Annual report of the Imperial Bacteriologist
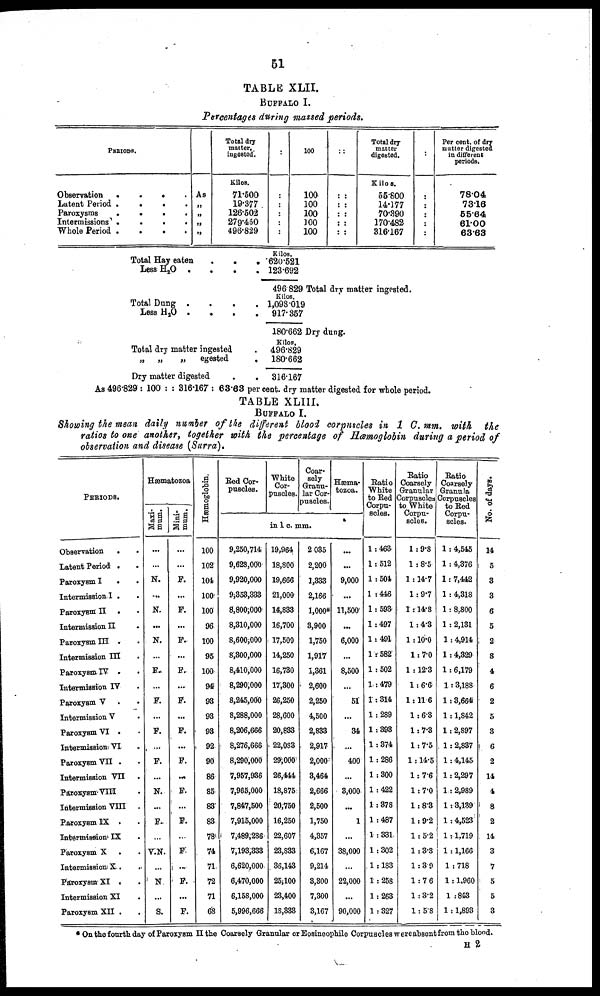
51
TABLE XLII.
BUFFALO I.
Percentages during massed periods.
PERIODS.
Observation
Latent Period
Paroxysms
Intermissions
Whole Period
.
.
.
.
.
.
.
.
.
.
.
.
.
.
.
.
.
.
.
.
As
„
„
„
„
Total dry
matter,
ingested.
Kilos.
71.500
19.377
126.502
279.450
496.829
:
:
:
:
:
:
100
100
100
100
100
100
:
:
:
:
:
:
:
:
:
:
:
:
:
:
Total dry
matter
digested.
Kilos.
55.800
14.177
70.390
170.482
316.167
:
Per cent. of dry
matter digested
in different
periods.
78.04
73.16
55.64
61.00
63.63
Total Hay eaten
Less H 2 O .
Total Dung .
Less H 2 O .
Total dry matter
„ „ „
.
.
.
.
.
.
.
.
.
.
.
.
ingested
egested
Dry matter digested
.
.
.
.
.
.
.
.
.
.
Kilos.
620.521
123.692
496.829 Total dry matter ingested.
1,098.019
917.357
180.662 Dry dung.
Kilos.
496.829
180.662
316.167
As 496.829 : 100 : : 316.167: 63.63 per cent. dry matter digested for whole period.
TABLE XLIII.
BUFFALO I.
Showing the mean daily number of the different blood corpuscles in 1 C.mm. with the
ratios to one another, together with the percentage of Hæmoglobin during a period of
observation and disease (Surra).
PERIODS.
Observation
Latent Period .
Paroxysm I
.
Intermission I .
Paroxysm: II .
Intermission II
Paroxysm III .
Intermission III
Paroxysm IV .
Intermission IV
Paroxysm V .
.
Intermission V
Paroxysm VI .
Intemission VI
Paroxysm VII .
Intermission VII .
Paroxysm. VIII
Intermission VIII .
Paroxysm EX .
Intermission IX
Paroxysm X .
Intermission X..
.
Paroxysm. XI .
Intermission XI
Paroxysm XII .
Hæmatozoa
Maxi¬
mum.
...
...
N.
...
N.
...
N.
...
F.
...
F.
...
F.
...
F.
...
N.
...
F.
...
V.N.
...
N.
...
S.
Mini¬
mum.
...
...
F.
...
F.
...
F..
...
F.
...
F.
...
F.
...
F.
..
F.
...
F.
...
F.
..
F.
...
F.
Hæmoglobin.
100
102
104
100
100
96
100
95
100
94
93
93
93
92
90
86
85
83
83
78
74
71
72
71
68
Red Cor-
puscles.
9,250,714
9,628,000
9,920,000
9,353,333
8,800;000
8,310,000
8,600,000
8,300,000
8,410,000
8,290,000
8,245,000
8,288,000
8,206,666
8,276,666
8,290,000
7,957,936
7,965,000
7,847,500
7,915,000
7,489,286
7,193,333
6,620,000
6,470,000
6,158,000
5,996,666
White
Cor-
puscles.
Coar-
sely
Granu-
lar Cor-
puscles.
in 1 c. mm.
19,964
18,800
19,666
21,000
14,833
16,700
17,500
14,250
16,730
17,300
26,250
28,600
20,833
22,083
29,000
26,444
18,875
20,750
16,250
22,607
23,833
36,143
25.100
23,400
18,333
2 035
2,200
1,333
2,166
1,000*
3,900
1,750
1,917
1,361
2,600
2,250
4,500
2,833
2,917
2,000
3,464
2,666
2,500
1,750
4,357
6,167
9,214
3,300
7,300
3,167
Hæma¬
tozoa.
...
...
9,000
...
11,500
...
6,000
...
8,500
...
51
...
34
...
400
...
3,000
...
1
...
38,000
...
22,000
...
90,000
Ratio
White
to Red
Corpu-
scles.
1 : 463
1 : 512
1 : 504
1 : 446
1 : 593
1 : 497
1 : 491
1 : 582.
1 : 502
1 : 479
1 : 314
1 : 289
1 : 393
1 : 374
1 : 286
1 : 300
1 : 422
1 : 378
1 : 487
1 : 331
1 : 302
1 : 183
1 : 258
1 : 263
1 : 327
Ratio
Coarsely
Granular
Corpuscles
to White
Corpu-
scles.
1 : 9.8
1 : 8.5
1 : 14.7
1 : 9.7
1 : 14.8
1 : 4.3
1 :10.0
1 : 7.0
1 : 12.3
1 : 6.6
1 : 11 6
1 : 6.3
1 : 7.3
1 : 7.5
1 : 14.5
1 : 7.6
1 : 7.0
1 : 8.3
1 : 9.2
1 : 5.2
1 : 3.8
1 : 3.9
1 : 7.6
1 : 3.2
1 : 5.8
Ratio
Coarsely
Corasely
Corpuscles
to Red
Corpu-
scles.
1 : 4,545
1 : 4,376
1 : 7,412
1 : 4,318
1 : 8,800
1 : 2,131
1 : 4,914
1 : 4,329
1 : 6,179
1 : 3,188
1 : 3,664
1 : 1,842
1 : 2,897
1 : 2,837
1 : 4,145
1 : 2,297
1 : 2,989
1 : 3,139
1 : 4,523
1 : 1,719
1 : 1,166
1 : 718
1 : 1,960
1 : 843
1 : 1,893
No. of days.
14
5
3
3
6
5
2
8
4
6
2
5
3
6
2
14
4
8
2
14
3
7
5
5
3
* On the fourth day of Paroxysm II the Coarsely Granular or Eosineophile Corpuscles were absent from the blood.
H 2